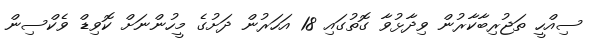
ސިއްހީ ތަޖުރިބާކާރުން ވިދާޅުވާ ގޮތުގައި 18 އަހަރުން ދަށުގެ މީހުންނަށް ކޮވިޑް ވެކްސިން